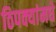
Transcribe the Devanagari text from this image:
ठिपक्यांमधे